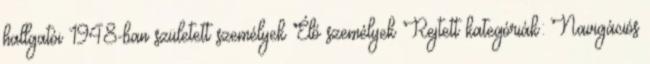
hallgatói 1948-ban született személyek Élő személyek Rejtett kategóriák: Navigációs